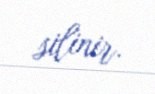
silinir.